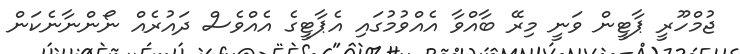
ޖުމްހޫރީ ޕާޓީން ވަނީ މިރޭ ބާއްވާ އެއްވުމުގައި އެޕާޓީގެ އެއްވެސް ދައުރެއް ނޯންނާނެކަން